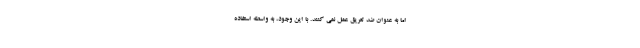
اما به عنوان ضد تعریق عمل نمی کنند. با این وجود، به واسطه استفاده